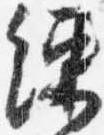
練